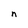
Character: n